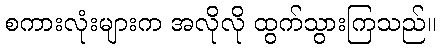
စကားလုံးများက အလိုလို ထွက်သွားကြသည်။